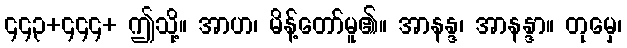
၄၄၃+၄၄၄+ ဤသို့။ အာဟ၊ မိန့်တော်မူ၏။ အာနန္ဒ၊ အာနန္ဒာ။ တုမှေ၊